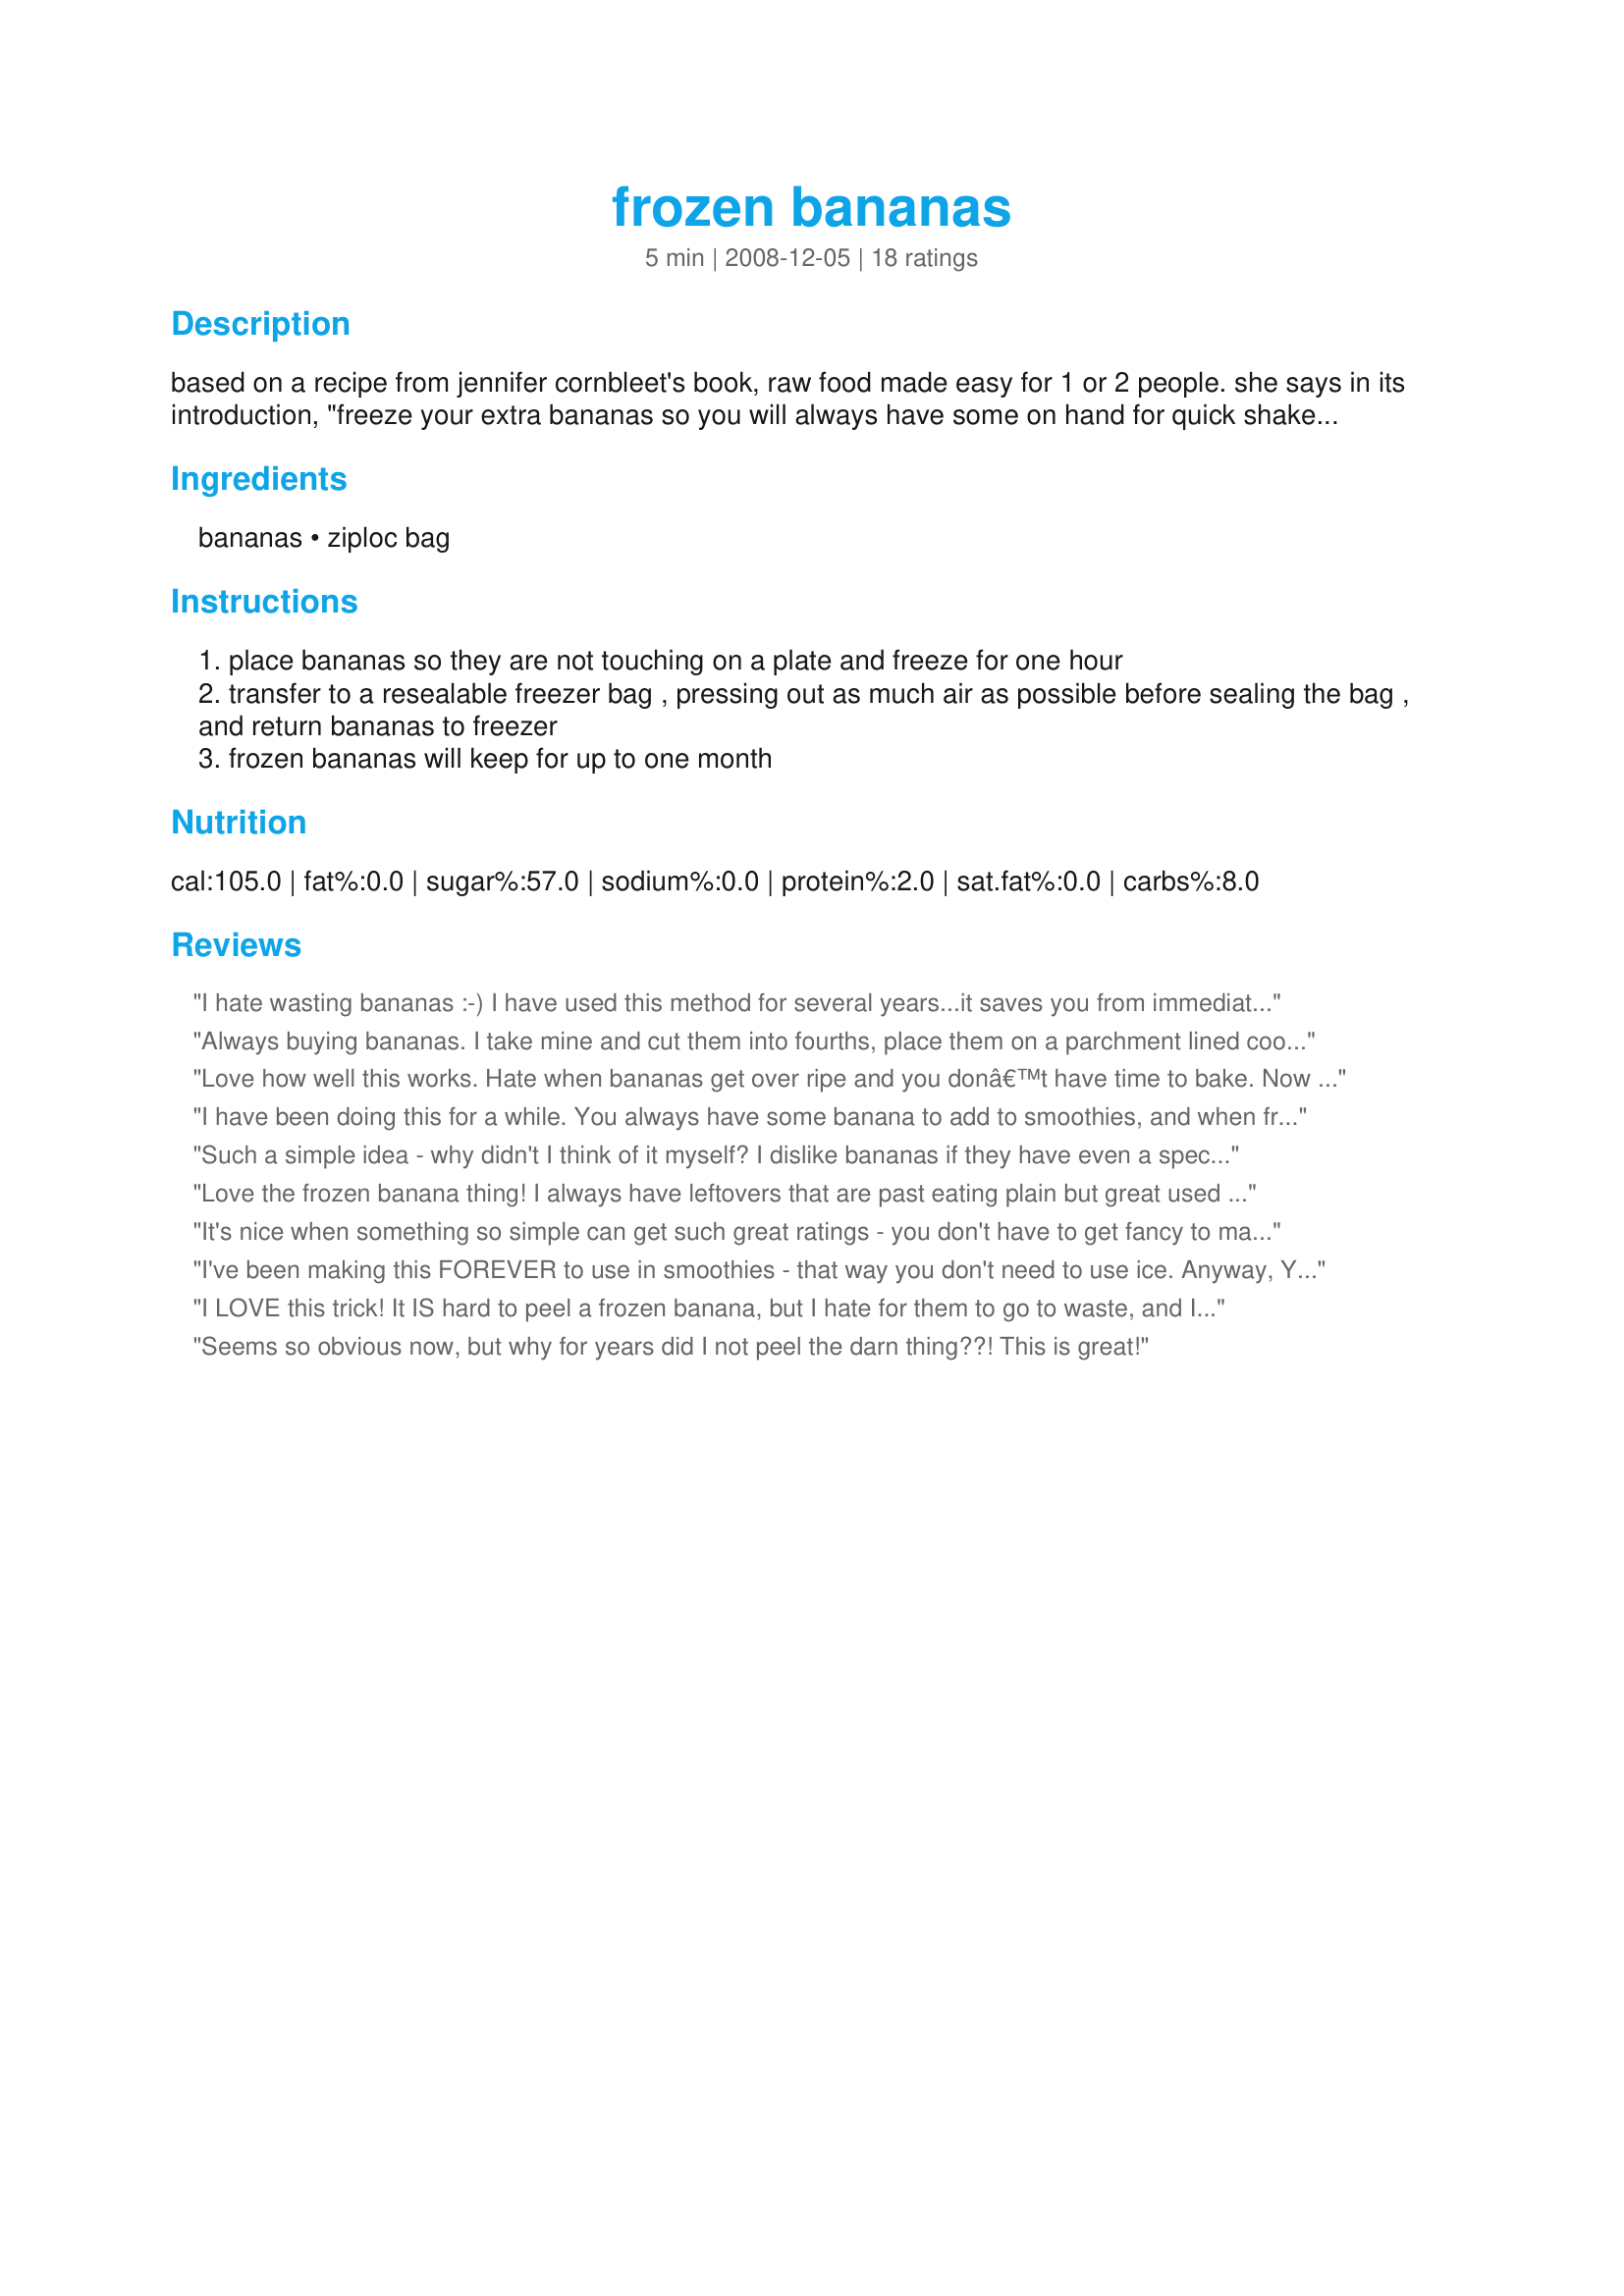
frozen bananas
Preparation time: 5 minutes

based on a recipe from jennifer cornbleet's book, raw food made easy for 1 or 2 people. she says in its introduction, "freeze your extra bananas so you will always have some on hand for quick shakes." unfortunately for me, i froze my bananas before reading her recipe! i will update after i discover how truly difficult it is to peel a frozen banana! update: it's truly difficult! :( i will definitely go with this recipe the next time! :)

Ingredients:
bananas, ziploc bag

Steps:
place bananas so they are not touching on a plate and freeze for one hour
transfer to a resealable freezer bag , pressing out as much air as possible before sealing the bag , and return bananas to freezer
frozen bananas will keep for up to one month

Reviews:
I hate wasting bananas :-) I have used this method for several years...it saves you from immediately having to make banana bread. Frozen bananas are great for smoothies or once thawed they can be used as normal in baked goods. I don't bother placing them on a plate first...I just throw them in the ziploc bag and I haven't had any trouble with them sticking together.
Always buying bananas. I take mine and cut them into fourths, place them on a parchment lined cookie sheet and freeze them; then place them in Ziploc bag. I usually do a whole bunch and they are easier to blend when they are smaller pieces.
Love how well this works. Hate when bananas get over ripe and you donâ€™t have time to bake. Now I can just freeze them till needed for smoothies or baking. Truly a great way to save bananas. Thanks so much for the post.
I have been doing this for a while. You always have some banana to add to smoothies, and when frozen, you can cut down on the ice!
Such a simple idea - why didn't I think of it myself? I dislike bananas if they have even a speck of black on them, so I was always throwing out the ones I couldn't use up in time. Now I keep a bag in my freezer and as soon as I realize I'm not getting them used up, in the bag they go. Now I always have the perfect basis for a smoothie and they never go bad. Thank you!
Love the frozen banana thing! I always have leftovers that are past eating plain but great used in other things, so freezing them means I just have to pull the needed amount out and go for it! Thanks!
It's nice when something so simple can get such great ratings - you don't have to get fancy to make good, healthy food. I have done this with bananas for ages and it's very convenient. I still freeze my black bananas for banana bread, etc. and microwave them for about 10 seconds to peel. These are better for smoothies, etc. like you mentioned.
I've been making this FOREVER to use in smoothies - that way you don't need to use ice. Anyway, You MUST peel the bananas before freezing - a mistake I made only once when I was younger. These are so yummy! Made for Feb. Photo Tag Game :D
I LOVE this trick! It IS hard to peel a frozen banana, but I hate for them to go to waste, and I LOVE having nice, frosty smoothies without diluting them with too much ice. Thanks for posting! Made for Veg*an Swap, September 2010
Seems so obvious now, but why for years did I not peel the darn thing??! This is great!
I've had great success just throwing the bananas with the peels still on into a ziploc baggy. That also keeps them from sticking together. The peel turns black but does not affect the quality of the actual banana. Thanks for the tip.
Love it! What a great way to freeze bananas! I have spent so much time freezing my fingers off peeling frozen bananas! Not any more! This worked great! I used one in your Recipe #350534 this morning for breakfast! This has completely changed the way I freeze bananas! Thanks for the great idea! Made for Veg'n Swap March 2010 for my Chosen Chef! :)
Before I knew better, I dumped my frozen bananas in a hot water bath for a minute, that way they are easy to peel, but it gets a bit messy. I also tried taking the bananas out of the freezer the night before and shift them to the fridge, but they turned completely liquid! The method you discribed is so much more practical!
Love this! Such a great way to use fruit close to its expiry date. I also use this method for berries. thanks for posting!
What a great idea! Very handy indeed. Great in summer when it's very hot,instead of an ice cream.Thanks for sharing.
Funny...I never thought to do it any other way. Another helpful hint. I like to freeze mine in the qty that I need them in a recipe. I have a banana bread recipe that takes 4 medium bananas so I freeze either 2 per or 4 per bag.
I gave this recipe 5 stars. I love to freeze bananas for later use especially to use in banana bread. I've always just froze my bananas in plastic wrap and foil. I try freezing them on the plate first next time! Thanks for the tip and posting this! Christine (internetnut)
I had a few bananas that were on the ripe side and I didn't have time to make anything with them so I used this recipe. I pulled them on Sunday and made smoothies for the family and it worked out perfectly. Made for NZ/AUS recipe swap.
